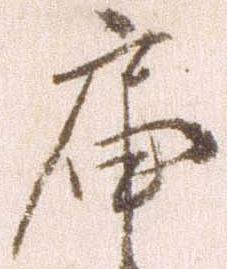
届